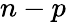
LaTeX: n-p